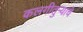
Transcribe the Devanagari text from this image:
कलगीतुर्‍याचे